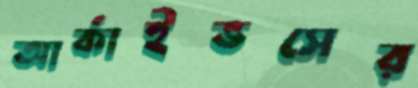
আর্কাইভসের